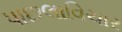
પાછલાવિચાર